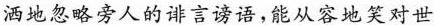
洒地忽略旁人的诽言谤语，能从容地笑对世